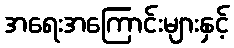
အရေးအကြောင်းများနှင့်